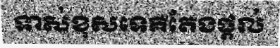
ទាស់ខុសទេគឺតែងផ្តល់